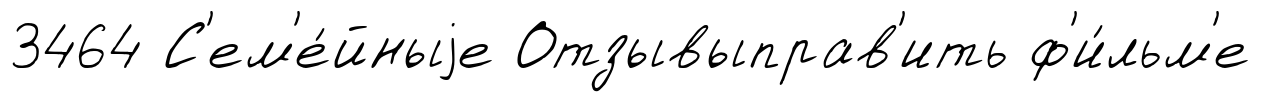
3464 С'ем'е́йныjе Отзывыправ'ить ф'и́льм'е